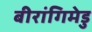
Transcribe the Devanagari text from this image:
बीरांगिमेडु